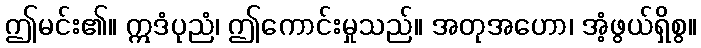
ဤမင်း၏။ ဣဒံပုညံ၊ ဤကောင်းမှုသည်။ အတုအဟော၊ အံ့ဖွယ်ရှိစွ။